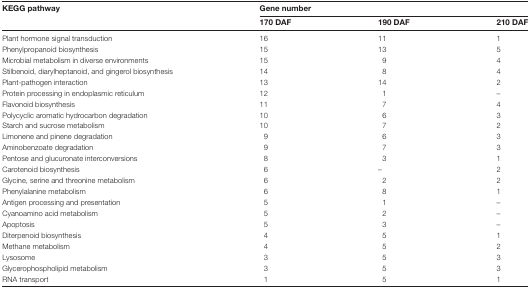
<table><thead><tr><td rowspan="2"><b>KEGG pathway</b></td><td colspan="3"><b>Gene number</b></td></tr><tr><td><b>170 DAF</b></td><td><b>190 DAF</b></td><td><b>210 DAF</b></td></tr></thead><tbody><tr><td>Plant hormone signal transduction</td><td>16</td><td>11</td><td>1</td></tr><tr><td>Phenylpropanoid biosynthesis</td><td>15</td><td>13</td><td>5</td></tr><tr><td>Microbial metabolism in diverse environments</td><td>15</td><td>9</td><td>4</td></tr><tr><td>Stilbenoid, diarylheptanoid, and gingerol biosynthesis</td><td>14</td><td>8</td><td>4</td></tr><tr><td>Plant-pathogen interaction</td><td>13</td><td>14</td><td>2</td></tr><tr><td>Protein processing in endoplasmic reticulum</td><td>12</td><td>1</td><td>–</td></tr><tr><td>Flavonoid biosynthesis</td><td>11</td><td>7</td><td>4</td></tr><tr><td>Polycyclic aromatic hydrocarbon degradation</td><td>10</td><td>6</td><td>3</td></tr><tr><td>Starch and sucrose metabolism</td><td>10</td><td>7</td><td>2</td></tr><tr><td>Limonene and pinene degradation</td><td>9</td><td>6</td><td>3</td></tr><tr><td>Aminobenzoate degradation</td><td>9</td><td>7</td><td>3</td></tr><tr><td>Pentose and glucuronate interconversions</td><td>8</td><td>3</td><td>1</td></tr><tr><td>Carotenoid biosynthesis</td><td>6</td><td>–</td><td>2</td></tr><tr><td>Glycine, serine and threonine metabolism</td><td>6</td><td>2</td><td>2</td></tr><tr><td>Phenylalanine metabolism</td><td>6</td><td>8</td><td>1</td></tr><tr><td>Antigen processing and presentation</td><td>5</td><td>1</td><td>–</td></tr><tr><td>Cyanoamino acid metabolism</td><td>5</td><td>2</td><td>–</td></tr><tr><td>Apoptosis</td><td>5</td><td>3</td><td>–</td></tr><tr><td>Diterpenoid biosynthesis</td><td>4</td><td>5</td><td>1</td></tr><tr><td>Methane metabolism</td><td>4</td><td>5</td><td>2</td></tr><tr><td>Lysosome</td><td>3</td><td>5</td><td>3</td></tr><tr><td>Glycerophospholipid metabolism</td><td>3</td><td>5</td><td>3</td></tr><tr><td>RNA transport</td><td>1</td><td>5</td><td>1</td></tr></tbody></table>